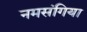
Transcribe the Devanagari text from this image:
नमसंगिया